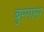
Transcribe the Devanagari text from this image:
बुरगास